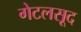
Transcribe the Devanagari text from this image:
गेटलसूद